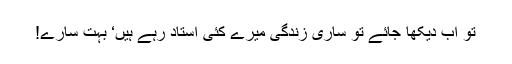
تو اب دیکھا جائے تو ساری زندگی میرے کئی استاد رہے ہیں‘ بہت سارے!